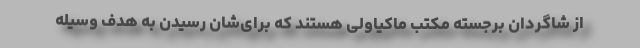
از شاگردان برجسته مکتب ماکیاولی هستند که برای‌شان رسیدن به هدف وسیله